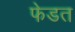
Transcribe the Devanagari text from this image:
फेडत